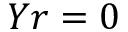
Y r = 0